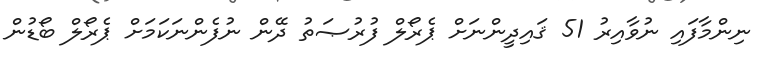
ނިންމާފައި ނުވާއިރު 51 ޤައިދީންނަށް ޕެރޯލް ފުރުޞަތު ދޭން ނުފެންނަކަމަށް ޕެރޯލް ބޯޑުން